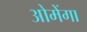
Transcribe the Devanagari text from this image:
ओमेंगा